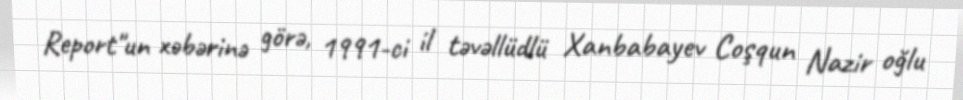
Report"un xəbərinə görə, 1991-ci il təvəllüdlü Xanbabayev Coşqun Nazir oğlu